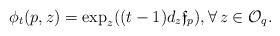
LaTeX: \begin{align*} \phi_t(p,z)=\exp_z((t-1)d_z\mathfrak f_p),\forall\, z\in\mathcal O_q. \end{align*}